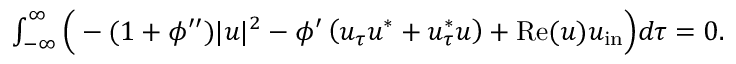
\begin{array} { r } { \int _ { - \infty } ^ { \infty } \Big ( - ( 1 + \phi ^ { \prime \prime } ) | u | ^ { 2 } - \phi ^ { \prime } \left( u _ { \tau } u ^ { * } + u _ { \tau } ^ { * } u \right) + \mathrm { R e } ( u ) u _ { \mathrm { i n } } \Big ) d \tau = 0 . } \end{array}